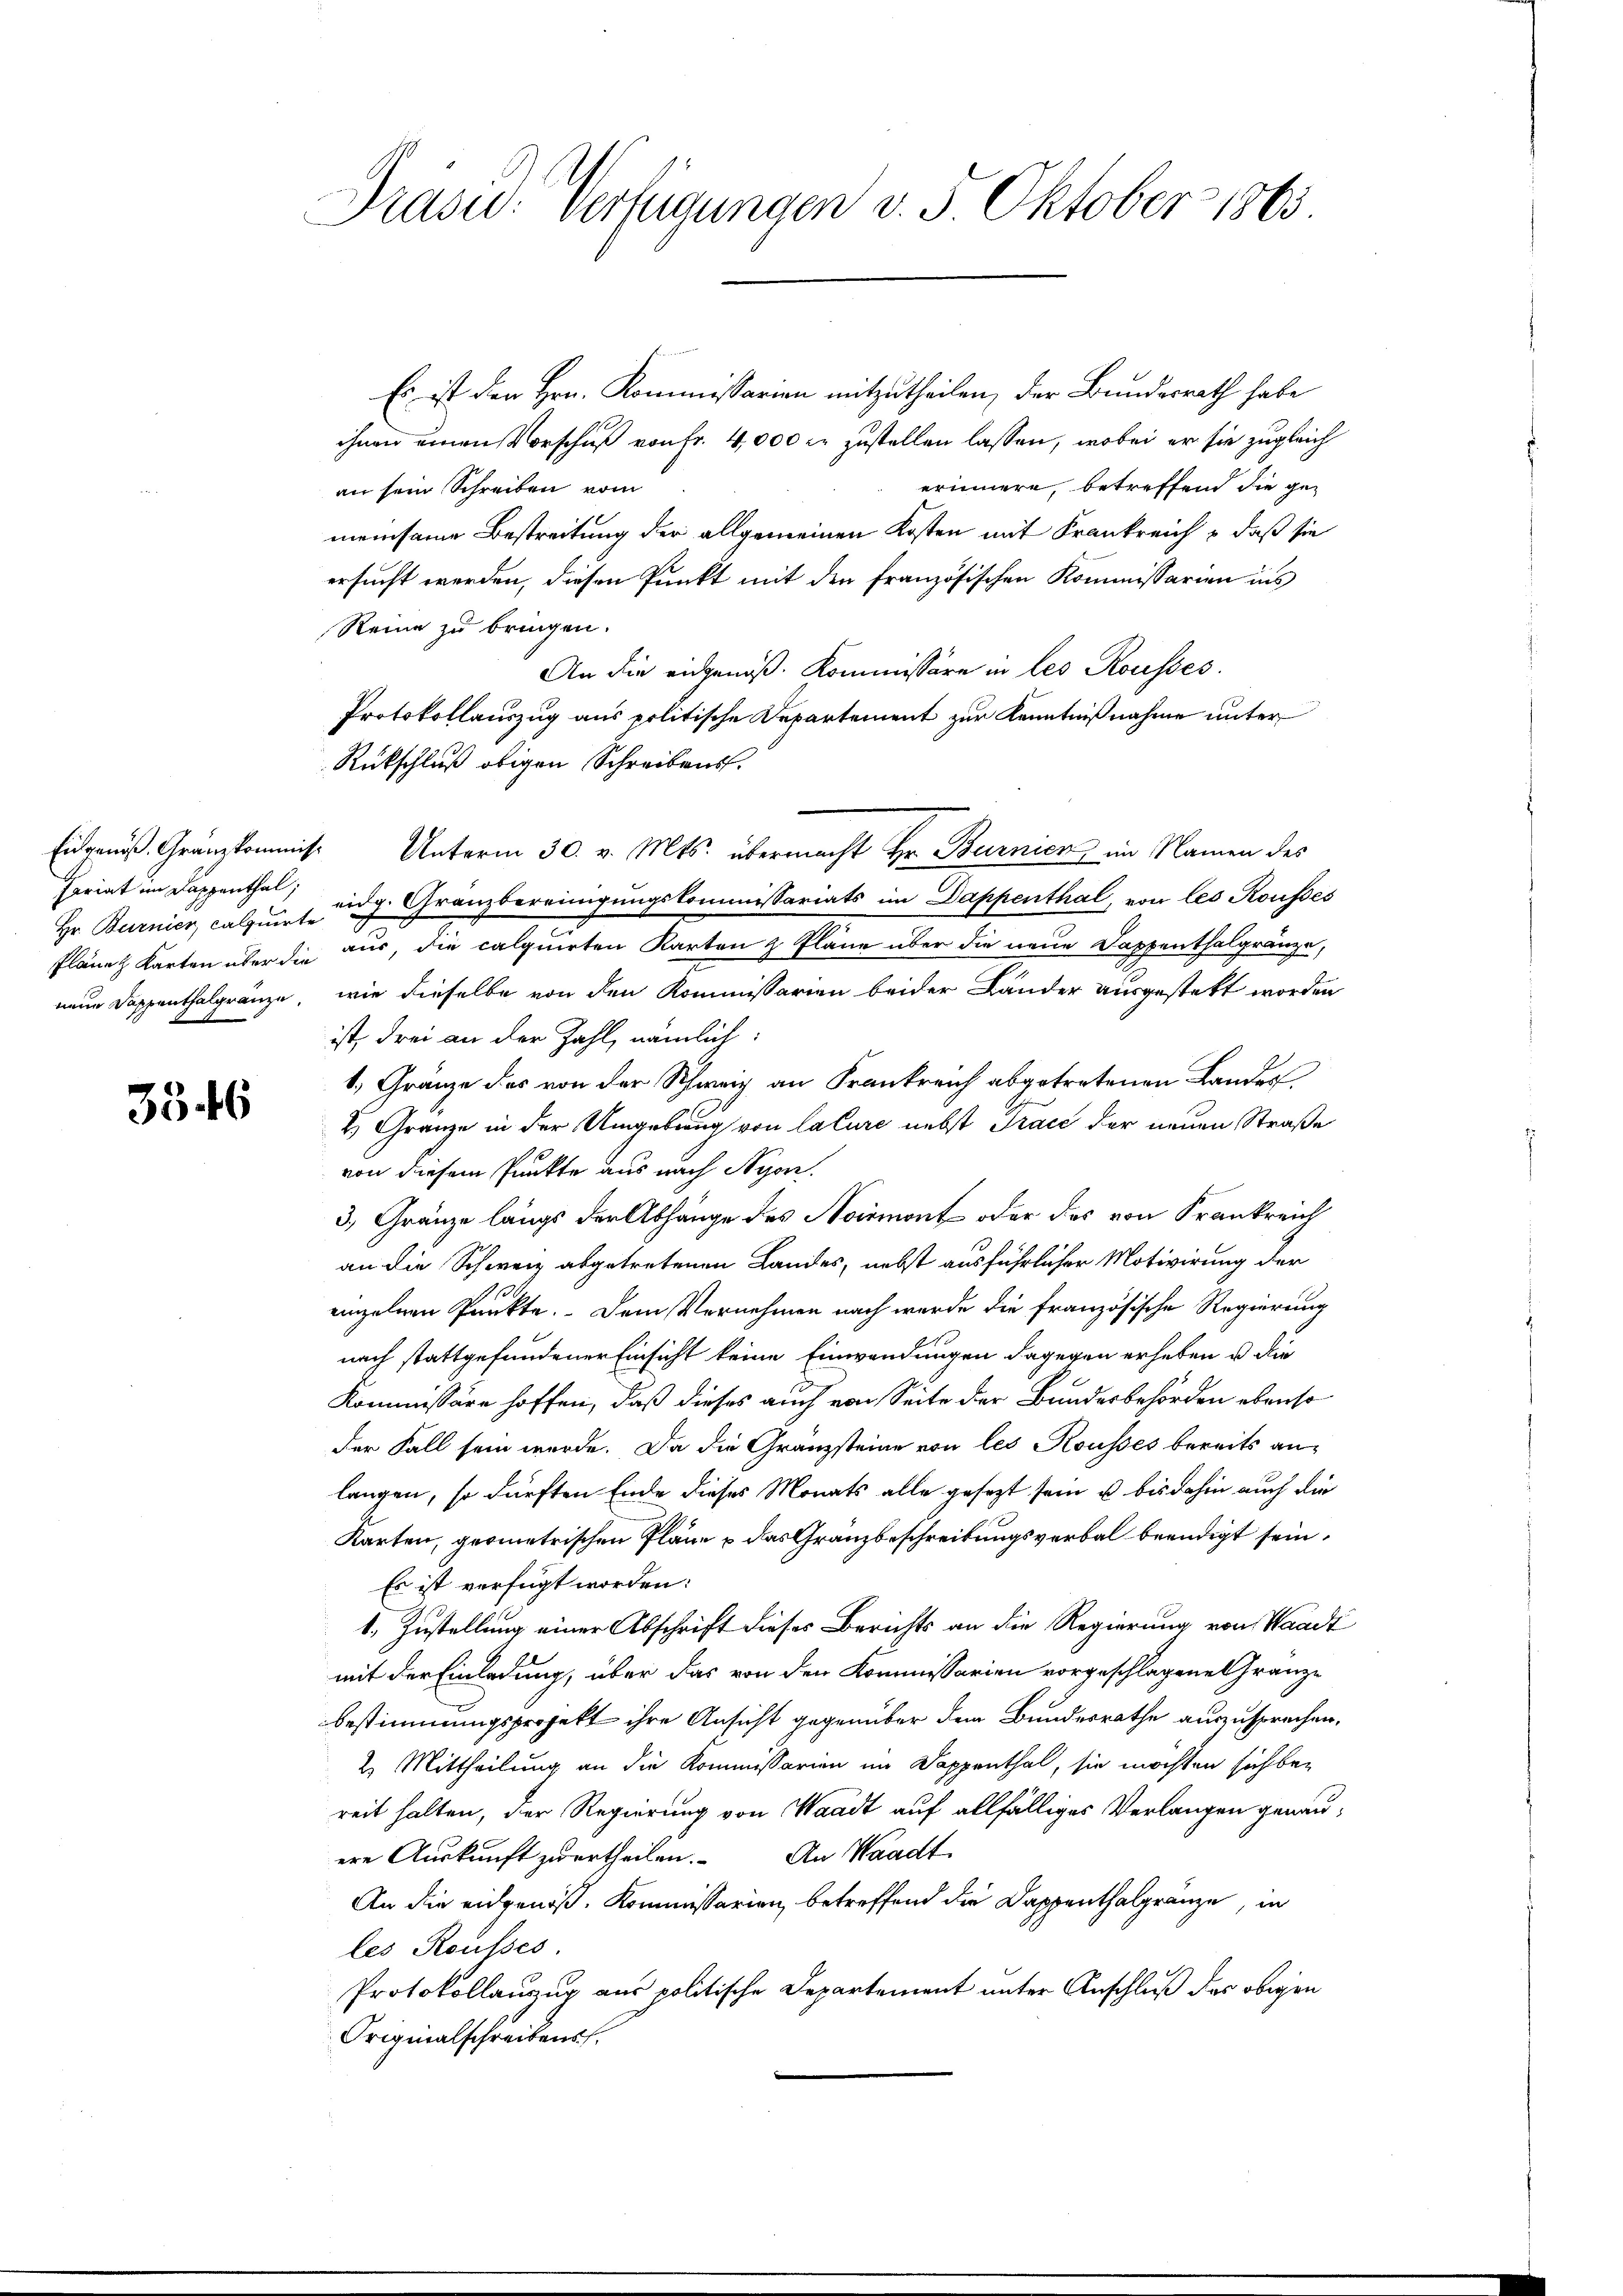
Fariat im Kappenthal;
Hr. Burnier, calquirte

3346

Präsid. Verfügungen v. 5. Oktober 1865.

Es ist den Hrn. Kommissarien mitzutheilen, der Bundesrath habe
ihnen einen Vorschuß von Fr. 4000 fr zustellen lassen, wobei er sie zugleich
erinnere, betreffend die gean sein Schreiben vom
meinsame Bestreitung der allgemeinen Kosten mit Frankreich & daß sie
ersucht werden, diesen Punkt mit den französischen Kommissarien ins
Reine zu bringen.
An die eidgenöß. Kommissäre in les Rousses.
Protokollauszug aus politische Departement zur Kenntnißnahme unter
Rückschluß obigen Schreibens.
Eidgenoß. Gränzkommis Unterm 30. v. Mts. übermacht Hr. Burnicz im Namen des
eidg. Gränzbereinigungskommissariats im Dappenthal, von les Rousses
Pläne Karten über die aus, die calquirten Karten & Pläne über die neue Dappenthalgränze,
neue Doppenthalgränze, wie dieselbe von den Kommissarien beider Länder ausgestelt worden
ist, drei an der Zahl, nämlich:
1. Gränze des von der Schweiz an Frankreich abgetretenen Lander
H Gränze in der Umgebung von lature nebst Trace der neuen Straße
von diesem Punkte aus nach Nyon.
3, Gränze längs der Abhänge des Noirmont oder das von Frankreich
an die Schweiz abgetretenen Landes, nebst ausführlicher Motivirung der
einzelnen Punkte. Dem Vernehmen nach wurde die französische Regierung
nach stattgefundener Einsicht keine Einwendungen dagegen erheben u. die
Kommissäre hoffen, daß dieses auch von Seite der Bundesbehörden ebenso
der Fall sein werde. Da die Gränzsteine von les Rousses bereits anlangen, so dürften Ende dieses Monats alle gesezt sein u. bis dahin auch die
Karten, geometrischen Pläne & das Gränzbeschreibungsverbal beendigt sein,
Es ist verfügt worden:
1. Zustellung einer Abschrift dieses Berichts an die Regierung von Waadt
mit der Einladung, über das von den Kommissarien vorgeschlagene Gränze
bestimmungsprojekt ihre Ansicht gegenüber dem Bundesrathe auszusprechen,
2. Mittheilung an die Kommissarien im Dappenthal, sie möchten sich bei
reit halten, der Regierung von Waadt auf allfälliges Verlangen genauere Auskunft zu ertheilen. An Waadt,
An die eidgenoß, Kommissarien, betreffend die Dappenthalgränze, in
les Rousses.
Protokollauzug aus politische Departement unter Anschluß der obigen
Originalschreibens.